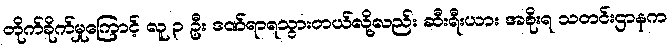
တိုက်ခိုက်မှုကြောင့် လူ ၃ ဦး ဒဏ်ရာရသွားတယ်လို့လည်း ဆီးရီးယား အစိုးရ သတင်းဌာနက